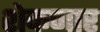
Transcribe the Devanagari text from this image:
शेकणार